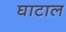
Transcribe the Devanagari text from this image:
घाटाल